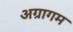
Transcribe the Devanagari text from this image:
अग्रागम